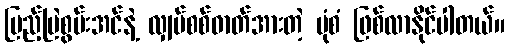
ပြည့်မြဲစွမ်းအင်နဲ့ လျှပ်စစ်ဓာတ်အားတဲ့ ပုံစံ ဖြစ်လာနိုင်ပါတယ်။